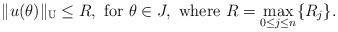
LaTeX: \begin{align*}\|u(\theta)\|_\mathbb{U}&\leq R,\ \mbox{for}\ \theta\in J, \ \mbox{where} \ R=\max_{0\leq j\leq n}\{R_{j}\}.\end{align*}